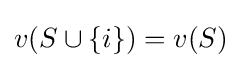
v(S\cup \{i\})=v(S)